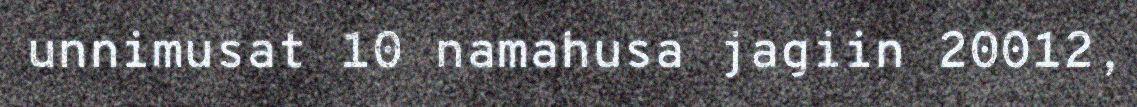
unnimusat 10 namahusa jagiin 20012,